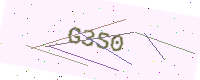
Text: G3S0